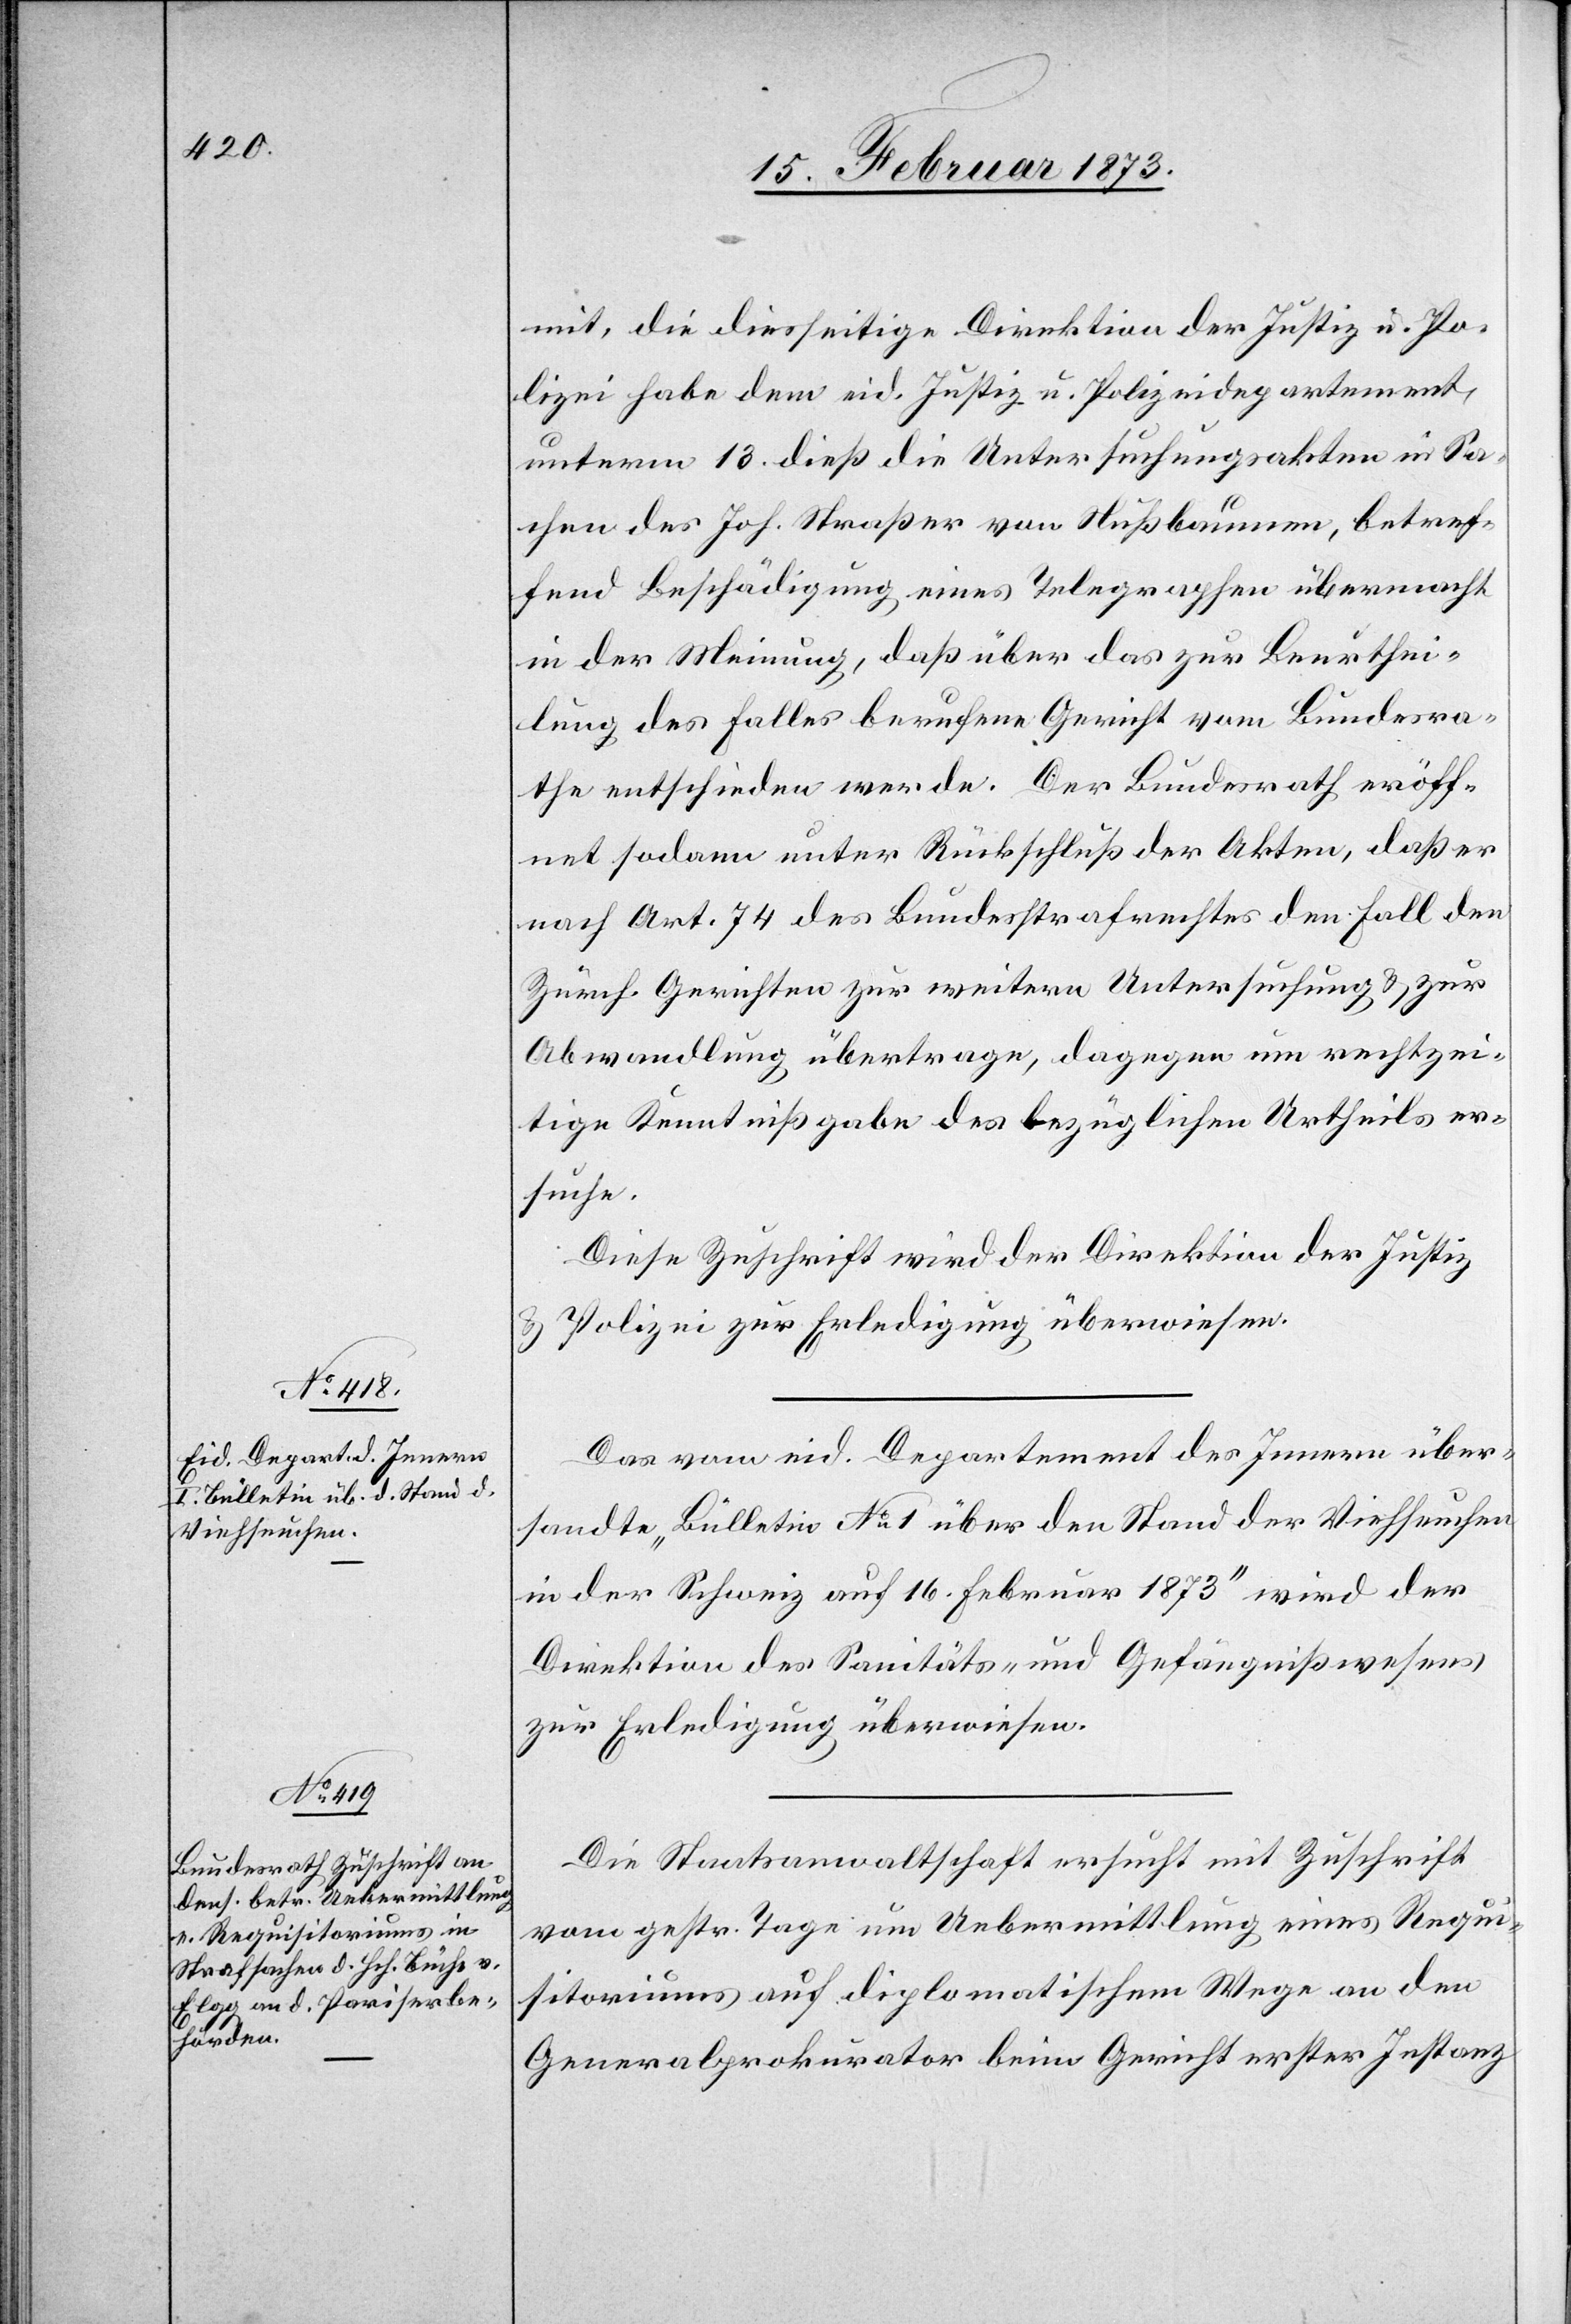
19. Februar 1873.]
mit, die diesseitige Direktion der Justiz u. Po¬
lizei habe dem eid. Justiz- u. Polizeidepartement,
unterm 13. dieß die Untersuchungsakten in Sa¬
chen des Joh. Straßer von Nußbaumen, betref¬
fend Beschädigung eines Telegraphen übermacht
in der Meinung, daß über das zur Beurthei¬
lung des Falles berufene Gericht vom Bundesra¬
the entschieden werde. Der Bundesrath eröff¬
net sodann unter Rückschluß der Akten, daß er
nach Art. 74 des Bundesstrafrechtes den Fall den
Zürch. Gerichten zur weitern Untersuchung u. zur
Abwandlung übertrage, dagegen um rechtzei¬
tige Kenntnißgabe des bezüglichen Urtheils er¬
suche.
Diese Zuschrift wird der Direktion der Justiz
u. Polizei zur Erledigung überwiesen.
Das vom eid. Departement des Innern über¬
sandte „Bulletin No. 1 über den Stand der Viehseuchen
in der Schweiz auf 16. Februar 1873“ wird der
Direktion des Sanitäts- und Gefängnißwesens
zur Erledigung überwiesen.
Die Staatsanwaltschaft ersucht mit Zuschrift
vom gestr. Tage um Uebermittlung eines Requi¬
sitoriums auf diplomatischem Wege an den
Generalprokurator beim Gericht erster Instanz